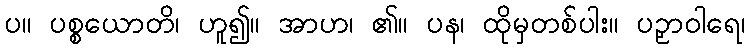
ပ။ ပစ္စယောတိ၊ ဟူ၍။ အာဟ၊ ၏။ ပန၊ ထိုမှတစ်ပါး။ ပဉှာဝါရေ၊